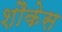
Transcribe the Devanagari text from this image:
शौकेस